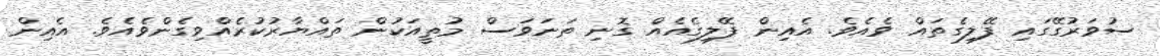
ސުވަރުގޭގައި ފޭލިގެތައް ވެއެވެ. އެއިން ފޭލިގެއެއް ގޮނި ތަނަވަސް މުތީއަކުން ތައްޔާރުކުރެއްވިގެންވެއެވެ. އެއިން